Vaccination in Bombay 1924-1928 - 1924-1928
Year: 1924
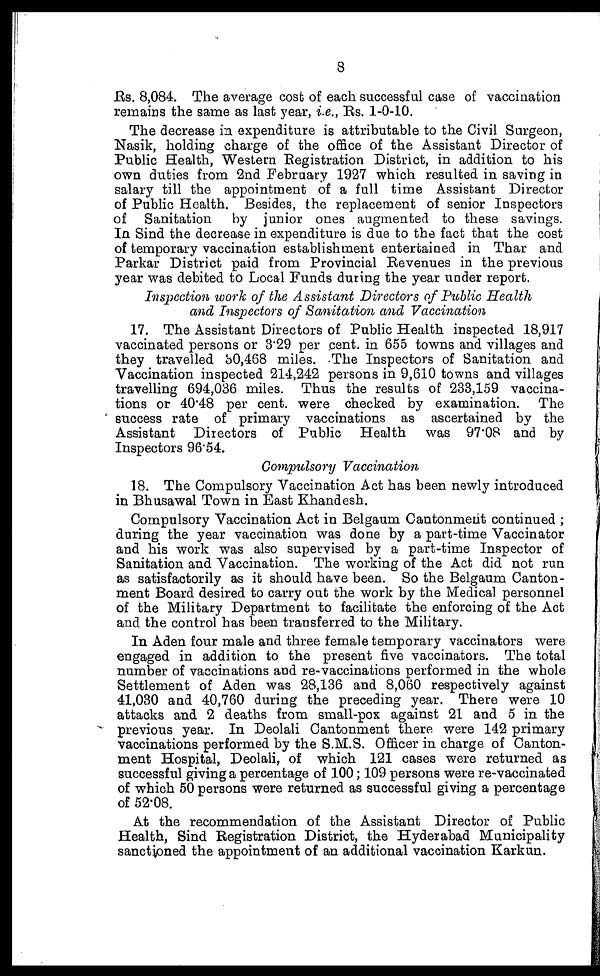
8
Rs. 8,084. The average cost of each successful case of vaccination
remains the same as last year, i.e., Rs. 1-0-10.
The decrease in expenditure is attributable to the Civil Surgeon,
Nasik, holding charge of the office of the Assistant Director of
Public Health, Western Registration District, in addition to his
own duties from 2nd February 1927 which resulted in saving in
salary till the appointment of a full time Assistant Director
of Public Health. Besides, the replacement of senior Inspectors
of Sanitation by junior ones augmented to these savings.
In Sind the decrease in expenditure is due to the fact that the cost
of temporary vaccination establishment entertained in Thar and
Parkar District paid from Provincial Revenues in the previous
year was debited to Local Funds during the year under report.
Inspection work of the Assistant Directors of Public Health
and Inspectors of Sanitation and Vaccination
17. The Assistant Directors of Public Health inspected 18,917
vaccinated persons or 3.29 per cent. in 655 towns and villages and
they travelled 30,468 miles. The Inspectors of Sanitation and
Vaccination inspected 214,242 persons in 9,610 towns and villages
travelling 694,036 miles. Thus the results of 233,159 vaccina-
tions or 40.48 per cent. were checked by examination. The
success rate of primary vaccinations as ascertained by the
Assistant Directors of Public Health was 97.08 and by
Inspectors 96.54.
Compulsory Vaccination
18. The Compulsory Vaccination Act has been newly introduced
in Bhusawal Town in East Khandesh.
Compulsory Vaccination Act in Belgaum Cantonment continued ;
during the year vaccination was done by a part-time Vaccinator
and his work was also supervised by a part-time Inspector of
Sanitation and Vaccination. The working of the Act did not run
as satisfactorily as it should have been. So the Belgaum Canton-
ment Board desired to carry out the work by the Medical personnel
of the Military Department to facilitate the enforcing of the Act
and the control has been transferred to the Military.
In Aden four male and three female temporary vaccinators were
engaged in addition to the present five vaccinators. The total
number of vaccinations and re-vaccinations performed in the whole
Settlement of Aden was 28,136 and 8,060 respectively against
41,030 and 40,760 during the preceding year. There were 10
attacks and 2 deaths from small-pox against 21 and 5 in the
previous year. In Deolali Cantonment there were 142 primary
vaccinations performed by the S.M.S. Officer in charge of Canton-
ment Hospital, Deolali, of which 121 cases were returned as
successful giving a percentage of 100; 109 persons were re-vaccinated
of which 50 persons were returned as successful giving a percentage
of 52.08.
At the recommendation of the Assistant Director of Public
Health, Sind Registration District, the Hyderabad Municipality
sanctioned the appointment of an additional vaccination Karkun.